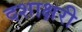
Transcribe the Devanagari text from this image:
दशाक्षरी